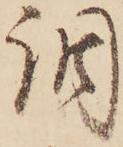
調